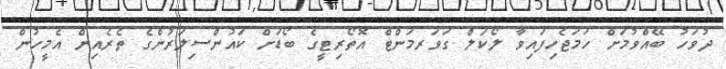
ދުވަހު ބޭއްވުމަށް ހަމަޖެހިފައިވާ ލޯކަލް ގަވަރމަންޓް އޮތޯރިޓީގެ ބޯޑަށް ކައުންސިލަރުންގެ ތެރެއިން އެމީހުން